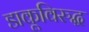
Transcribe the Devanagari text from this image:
डाकूविरुद्ध